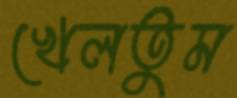
খেলতুম